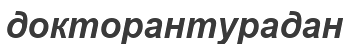
докторантурадан